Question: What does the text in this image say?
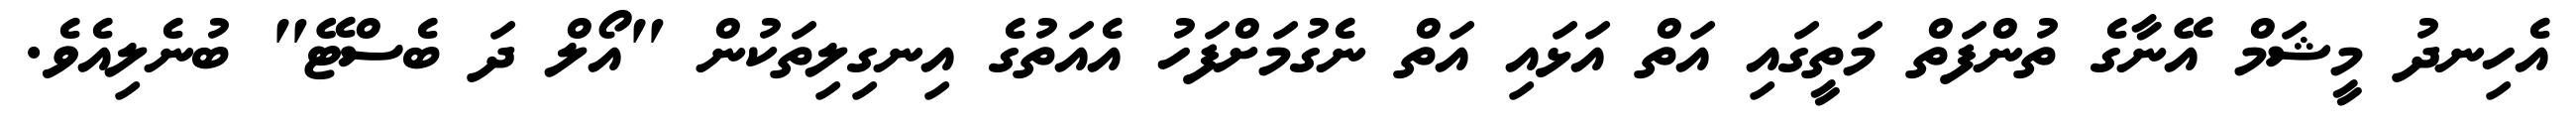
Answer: އެހިނދު މީޝަމް އޭނާގެ ތުންފަތް މަތީގައި އަތް އަޅައި އަތް ނެގުމަށްފަހު އެއަތުގެ އިނގިލިތަކުން "އޯލް ދަ ބެސްޓޭ" ބުނެލިއެވެ.